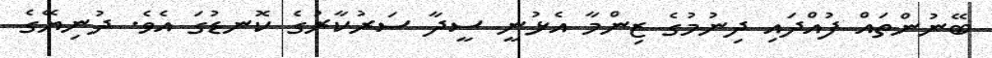
ބޭނުންތައް ފުއްދައި ދިނުމުގެ ޒިންމާ އެޅުނީ ސީދާ ސަރުކާރުގެ ކޮނޑުގަ އެވެ. ދުނިޔޭގެ